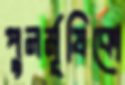
পুনর্মূষিকো